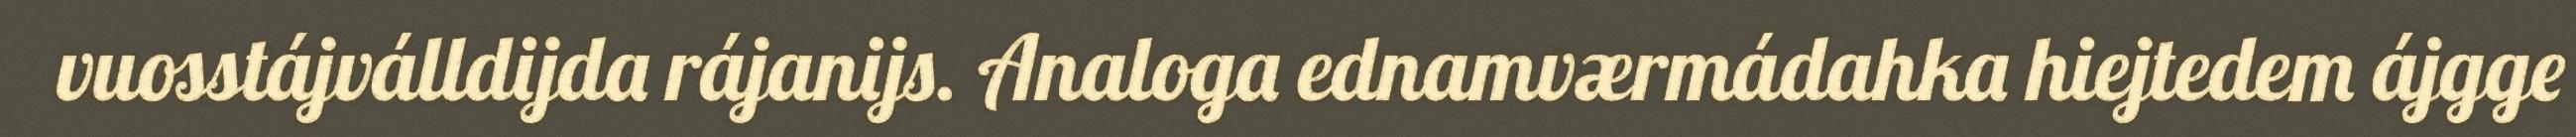
vuosstájválldijda rájanijs. Analoga ednamværmádahka hiejtedem ájgge